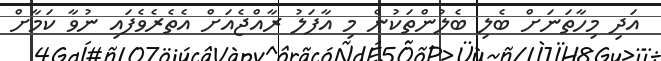
އަދި މިހާތަނަށް ބެލި ބެލުންތަކުން މި އާފަލު ރާއްޖެއަށް އެތެރެވެފައި ނުވާ ކަމާށް